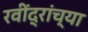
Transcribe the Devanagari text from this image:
रवींद्रांच्या